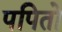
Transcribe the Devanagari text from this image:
पपितो